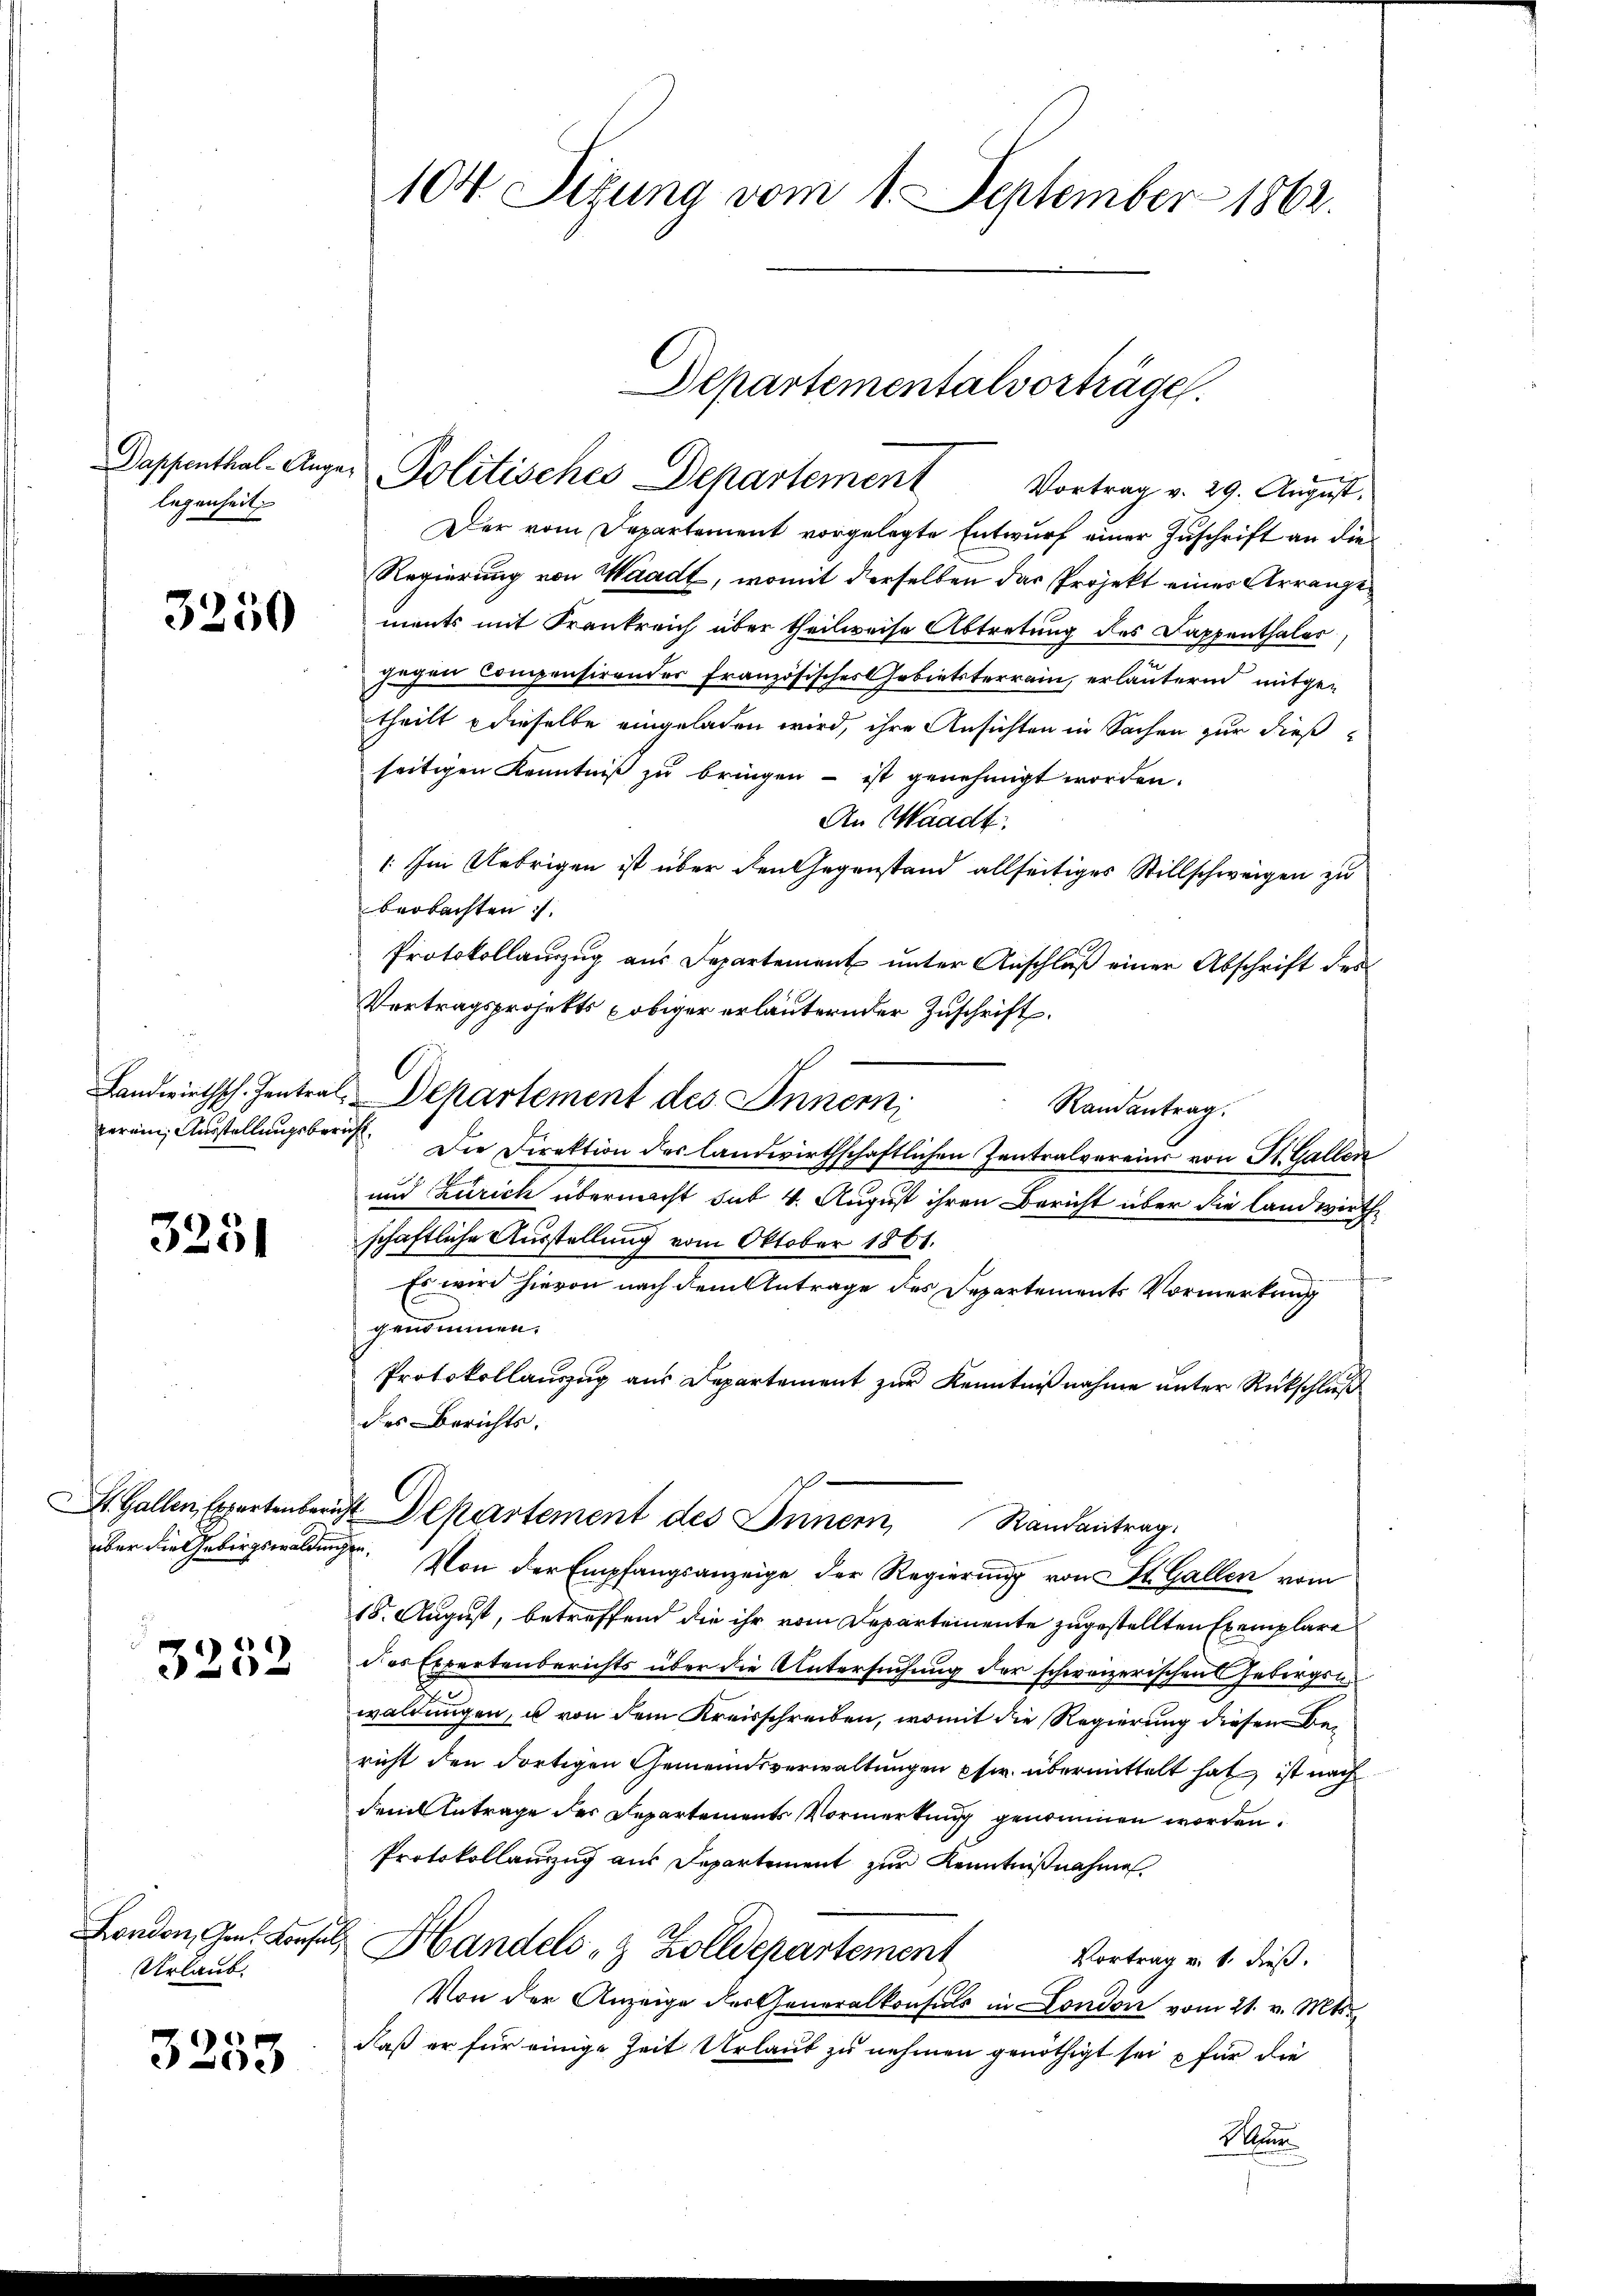
legenheit

3250

Landwirthsch. Zentraerein, Ausstellungsbe¬

3251

über die Gebirgswaldung

3252

London, Gen. Konse
Urlaub.

3253

104. Sitzung vom 1. September 1862.

Der vom Departement vorgelegte Entwurf einer Zuschrift an die
Regierung von Waadt, womit derselben das Projekt eines Arrangements mit Frankreich über theilweise Abtretung des Dappenthales,
gegen Compensirender französisches Gebietsterrain, erläuternd mitgetheilt dieselbe eingeladen wird, ihre Ansichten in Sachen zur dieß
seitigen Kenntniß zu bringen – ist genehmigt worden.
An Waadt
: Im Uebrigen ist über den Gegenstand allseitiges Stillschweigen zu
beobachten
Protokollanzug aus Departement unter Anschluß einer Abschrift des
Vertragsprojekts obiger erläuternder Zuschrift.
Departement des Innern
Randantrag.
cus. Die Direktion des landwirthschaftlichen Zentralvereins von St. Gallen
und (Zürich übernacht sub 4. August ihren Bericht über die landwirth
schaftliche Ausstellung vom Oktober 1861.
Es wird hievon nach dem Antrage des Departements Vormerkung
genommen.
Protokollaŭszŭg aŭs Departement zŭr Kenntnißnahme unter Rückschluß
des Berichts.
St. Gallen, Expertenbericht Departement des Innern, Randantrag.
 Von der Empfangsanzeige der Regierung von St. Gallen vom
18. August, betreffend die ihr vom Departemente zugestellten Exemplare
des Expertenberichts über die Untersuchung der schweizerischen Gebirgsn
waldungen, u von dem Kreisschreiben, womit die Regierung diesen Bericht den dortigen Gemeindsverwaltungen pfw. übermittelt hat, ist nach
dem Antrage des Departements Vormerkung genommen worden.
Protokollauszug aus Departement zur Kenntnißnahme
Handels- & Zolldepartement
Vortrag v. 1. dieß.
Von der Anzeige der Generalkonsuls in London vom 21. v. Mts.
daß er für einige Zeit Urlaub zu nehmen genöthigt sei für die
Na

Departementalvorträge.
Daspenthal-Anger Politisches Departement Vortrag v. 29. August.